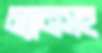
ম্যানসহ